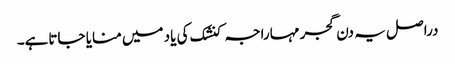
دراصل یہ دن گجر مہاراجہ کنشک کی یاد میں منایا جاتاہے۔